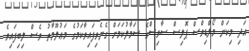
އަދި މިކަން މޯލްޑިވްސް ޕޮލިސް ސާވިސްގެ ސަމާލުކަމަށް ގެނެވިފައިވާކަމުގެ މަޢުލޫމާތު ވެސް ލިބިފައިވެ